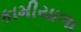
કામીયાળા